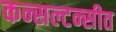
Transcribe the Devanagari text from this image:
कन्सल्टन्सीत